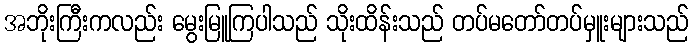
အဘိုးကြီးကလည်း မွေးမြူကြပါသည် သိုးထိန်းသည် တပ်မတော်တပ်မှူးများသည်